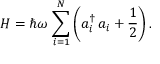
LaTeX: H = \hbar \omega \, \sum _ { i = 1 } ^ { N } \left( a _ { i } ^ { \dagger } \, a _ { i } + { \frac { 1 } { 2 } } \right) .